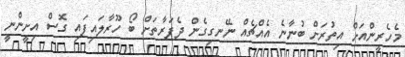
މެހެރީންއަށް އިތުރަށް ބުނާނެ އެއްޗެއް ނޭނގިގެން ދެފަރާތަށް ބޯ ހޫރާލައިފައި ގޮސް އިށީންނީ